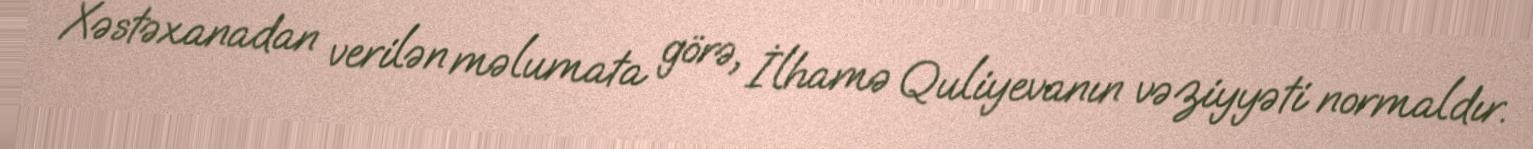
Xəstəxanadan verilən məlumata görə, İlhamə Quliyevanın vəziyyəti normaldır.